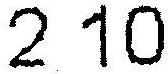
2 10